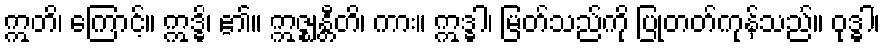
ဣတိ၊ ကြောင့်။ ဣဒ္ဓိ၊ ၏။ ဣဇ္ဈန္တီတိ၊ ကား။ ဣဒ္ဓါ၊ မြတ်သည်ကို ပြုတတ်ကုန်သည်။ ဝုဒ္ဓါ၊